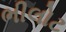
ભીલોટ